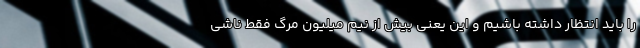
را باید انتظار داشته باشیم و این یعنی بیش از نیم میلیون مرگ فقط ناشی